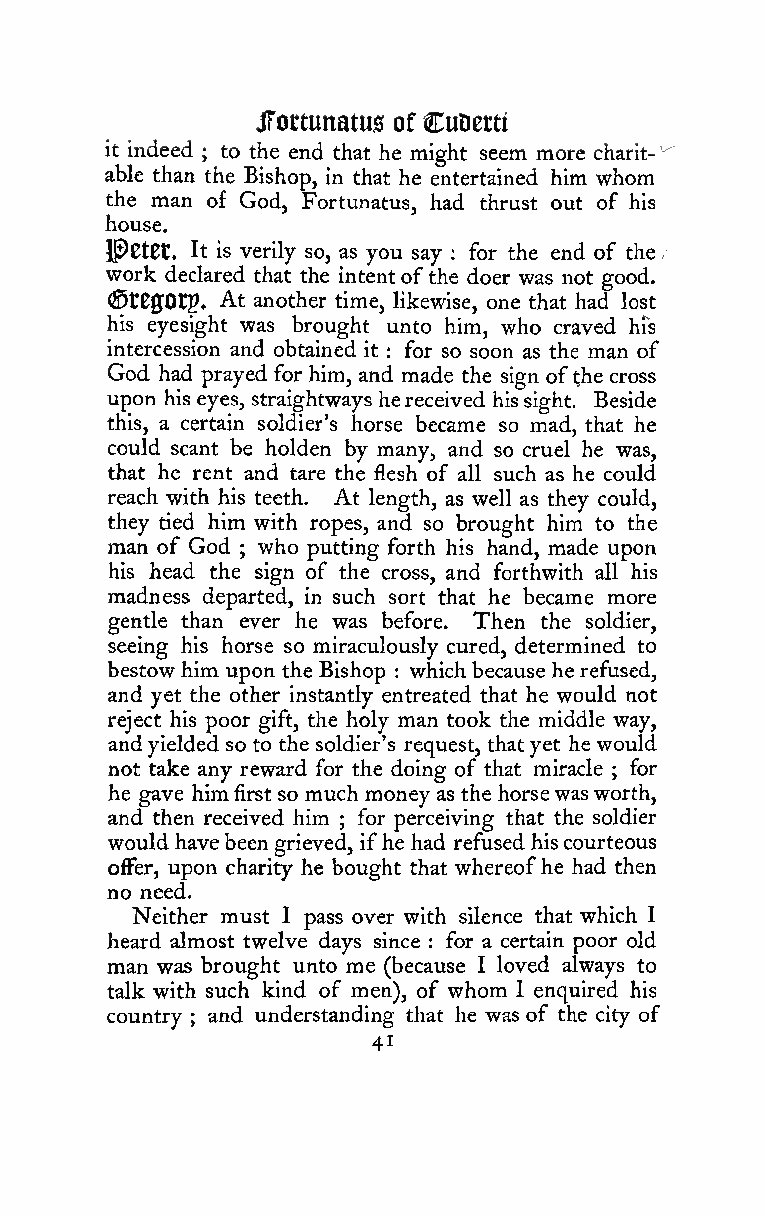
JTottunatus of CuDerti
 it indeed ; to the end that he might seem more charit- -'
 able than the Bishop, in that he entertained him whom
 the man of God, Fortunatus, had thrust out of his
 house.
 PCtCt, It is verily so, as you say : for the end of the /
 work declared that the intentofthe doer was not good.
 (StCffOtp. At another time, likewise, one that had lost
 his eyesight was brought unto him, who craved hts
 intercession and obtained it : for so soon as the man of
 God had prayed for him, and made the sign ofthe cross
 upon his eyes, straightways hereceived hissight. Beside
 this, a certain soldier's horse became so mad, that he
 could scant be holden by many, and so cruel he was,
 that he rent and tare the flesh of all such as he could
 reach with his teeth. At length, as well as they could,
 they tied him with ropes, and so brought him to the
 man of God who putting forth his hand, made upon
 ;
 his head the sign of the cross, and forthwith all his
 madness departed, in such sort that he became more
 gentle than ever he was before. Then the soldier,
 seeing his horse so miraculously cured, determined to
 bestow him upon the Bishop which because he refused,
 :
 and yet the other instantly entreated that he would not
 reject his poor gift, the holy man took the middle way,
 andyielded so to the soldier's request, thatyet he would
 not take any reward for the doing of that miracle for
 ;
 he gave him first so much moneyas the horsewasworth,
 and then received him for perceiving that the soldier
 ;
 would havebeengrieved, ifhe had refused hiscourteous
 oflFer, upon charity he bought that whereofhe had then
 no need.
 Neither must I pass over with silence that which I
 heard almost twelve days since for a certain poor old
 :
 man was brought unto me (because I loved always to
 talk with such kind of men), of whom I enquired his
 country and understanding that he was of the city of
 ;
 41